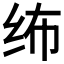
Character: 𱺔